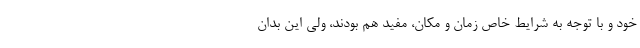
خود و با توجه به شرایط خاص زمان و مکان، مفید هم بودند، ولی این بدان